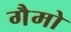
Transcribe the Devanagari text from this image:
गैमो